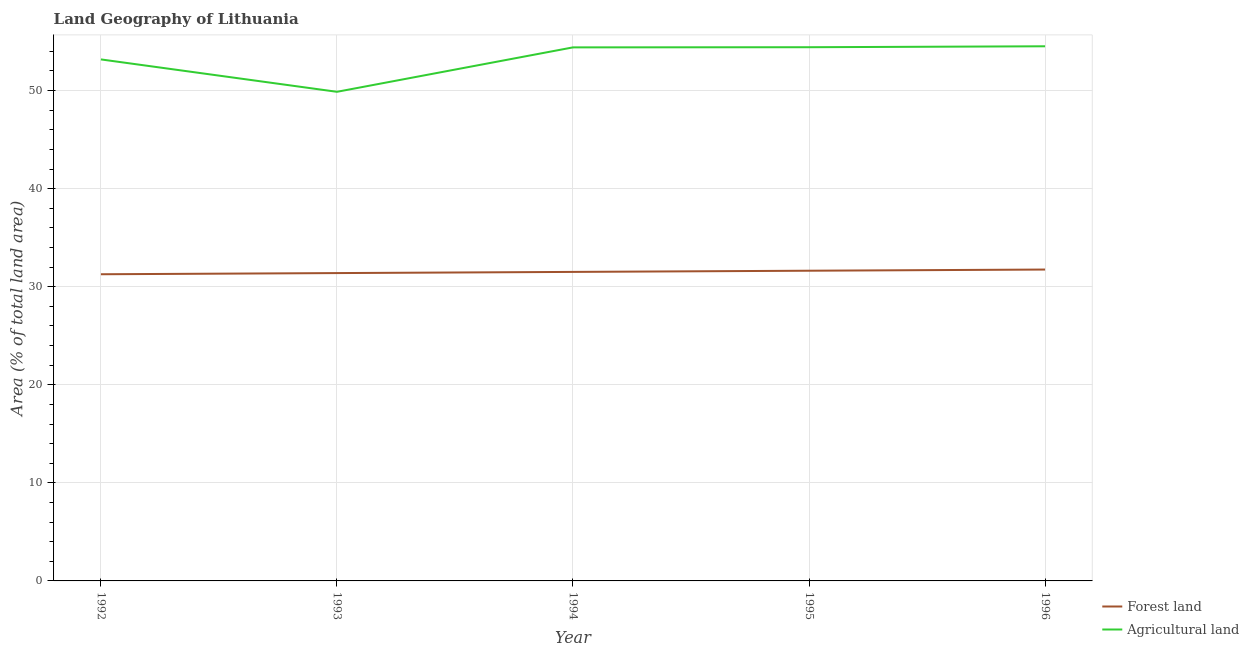
| Year | Forest land | Agricultural land |
 | --- | --- | --- |
 | 1992 | 31.3 | 53.2 |
 | 1993 | 31.4 | 49.9 |
 | 1994 | 31.5 | 54.4 |
 | 1995 | 31.6 | 54.4 |
 | 1996 | 31.7 | 54.5 |